Plague in India, 1896, 1897 - Volume 1
Year: 1896
Disease focus: Plague
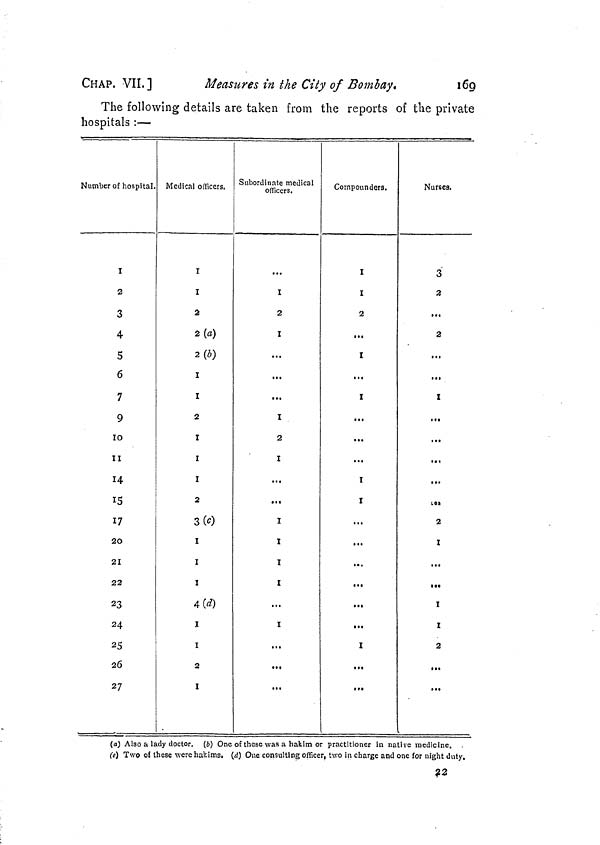
CHAP. VII.]
Measures in the City of Bombay.
169
The following details are taken from the reports of the private
hospitals :—
Number of hospital.
I
2
3
4
5
6
7
9
10
II
14
15
17
20
21
22
23
24
25
26
27
Medical officers.
I
I
2
2 (a)
2 (b)
I
I
2
I
I
I
2
3 (0
1
1
1
4 (d)
X
1
2
I
Subordinate medical
officers.
I
2
I
...
...
...
I
2
I
...
...
I
I
I
I
...
I
...
...
Compounders.
I
I
2
...
I
...
I
...
...
...
I
I
...
...
...
...
...
...
I
...
Nurses.
3
2
...
2
...
...
I
...
...
..,
...
...
2
1
...
...
I
I
2
...
(a) Also a lady doctor. (b) One of these was a hakim or practitioner in native medicine.
(c) Two of these were hakims. (d) One consulting officer, two in charge and one for night duty.
22